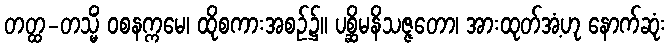
တတ္ထ-တသ္မိံ ဝစနက္ကမေ၊ ထိုစကားအစဉ်၌။ ပစ္ဆိမနိသဇ္ဇတော၊ အားထုတ်အံ့ဟု နောက်ဆုံး